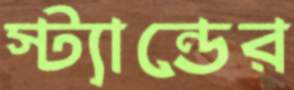
স্ট্যান্ডের